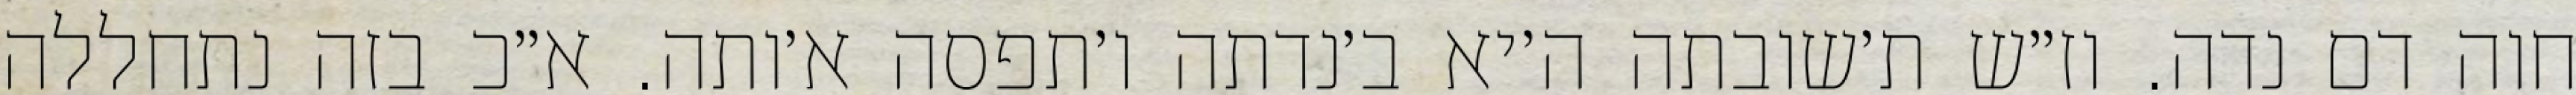
חוה דם נדה. וז״ש ת׳שובתה ה׳יא ב׳נדתה ו׳תפסה א׳ותה. א״כ בזה נתחללה